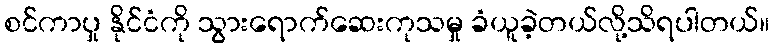
စင်ကာပှု နိုင်ငံကို သွားရောက်ဆေးကုသမှု ခံယူခဲ့တယ်လို့သိရပါတယ်။